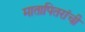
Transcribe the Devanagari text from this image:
मातापितरांची